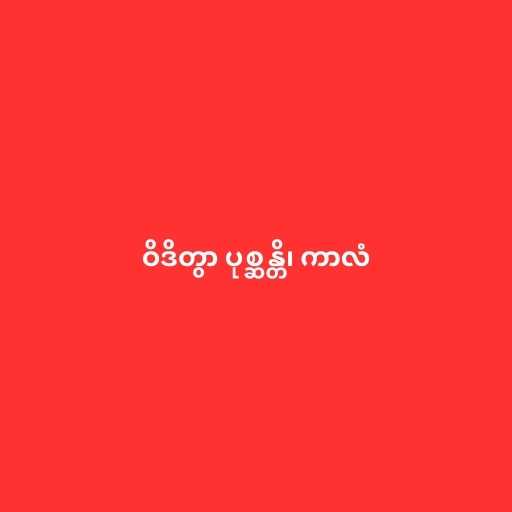
ဝိဒိတွာ ပုစ္ဆန္တိ၊ ကာလံ